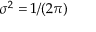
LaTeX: \sigma ^ { 2 } = 1 / ( 2 \pi )